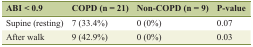
<table><thead><tr><td><b>ABI &lt; 0.9</b></td><td><b>COPD (n = 21)</b></td><td><b>Non-COPD (n = 9)</b></td><td><b>P-value</b></td></tr></thead><tbody><tr><td>Supine (resting)</td><td>7 (33.4%)</td><td>0 (0%)</td><td>0.07</td></tr><tr><td>After walk</td><td>9 (42.9%)</td><td>0 (0%)</td><td>0.03</td></tr></tbody></table>